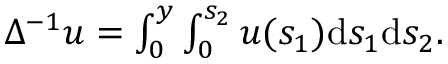
\begin{array} { r } { \Delta ^ { - 1 } u = \int _ { 0 } ^ { y } \int _ { 0 } ^ { s _ { 2 } } u ( s _ { 1 } ) \mathrm { d } s _ { 1 } \mathrm { d } s _ { 2 } . } \end{array}